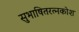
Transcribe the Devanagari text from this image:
सुभाषितरत्नकोश